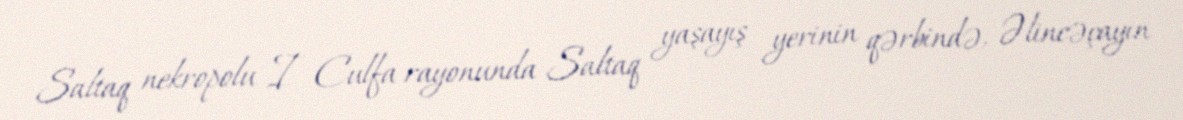
Saltaq nekropolu I Culfa rayonunda Saltaq yaşayış yerinin qərbində, Əlincəçayın